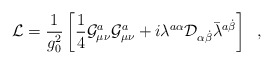
\begin{align*}{\cal L} = \frac{1}{g_0^2} \left[ \frac{1}{4} {\cal G}_{\mu\nu}^a{\cal G}_{\mu\nu}^a + i \lambda^{a \alpha} {\cal D}_{\alpha \dot{\beta}} \bar{\lambda}^{a \dot{\beta}} \right] \;\;,\end{align*}